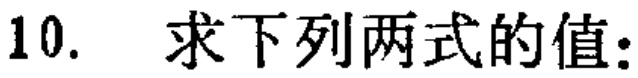
10. 求下列两式的值: